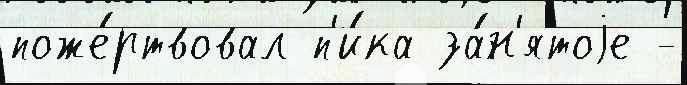
поже́ртвовал п'и́ка за́н'ятоjе -